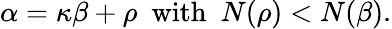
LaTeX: \alpha=\kappa\beta+\rho\ \ {\mathrm{with}}\ \ N(\rho)<N(\beta).